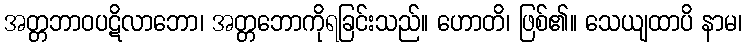
အတ္တဘာဝပဋိလာဘော၊ အတ္တဘောကိုရခြင်းသည်။ ဟောတိ၊ ဖြစ်၏။ သေယျထာပိ နာမ၊